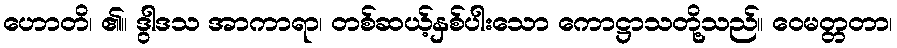
ဟောတိ၊ ၏။ ဒွါဒသ အာကာရာ၊ တစ်ဆယ့်နှစ်ပါးသော ကောဋ္ဌာသတို့သည်။ ဝေမတ္တတာ၊